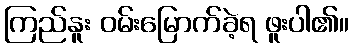
ကြည်နူး ဝမ်းမြောက်ခဲ့ရ ဖူးပါ၏။